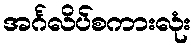
အင်္ဂလိပ်စကားလုံး